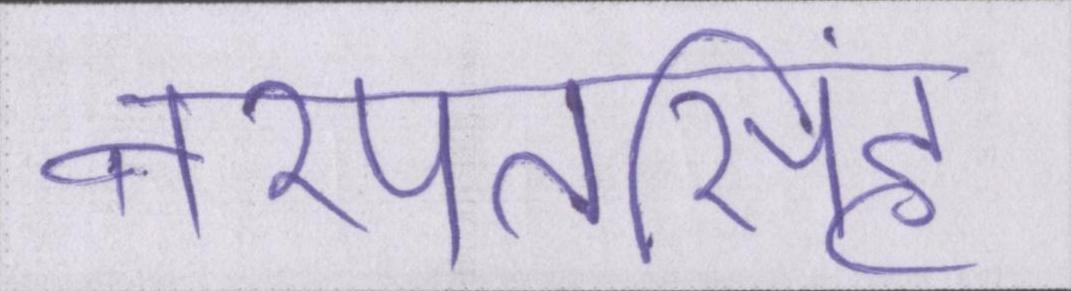
नरपतसिंह